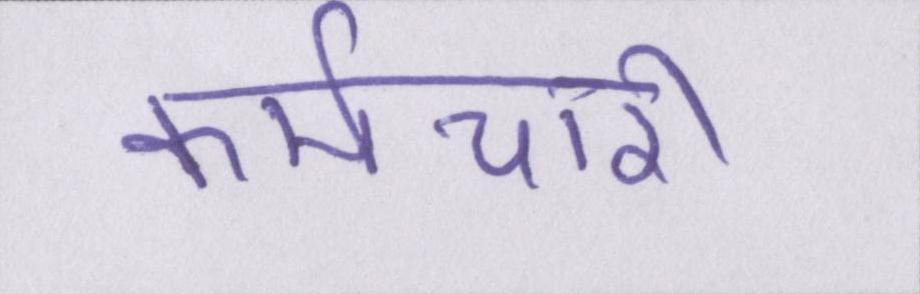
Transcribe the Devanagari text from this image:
कर्मचारी